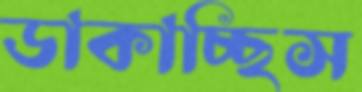
ডাকাচ্ছিস